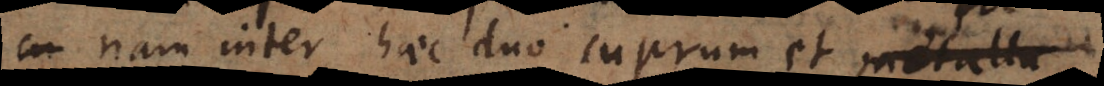
nam inter haec duo cuprum et argentum